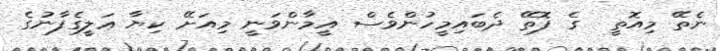
ނެތޭ މިއޮތީ  ގެ ފޮތޭ ދެބައިމީހުންވެސް އީމާންވަނީ މިއަށޭ ކިޔާ ޢަލީގެފާނުގެ